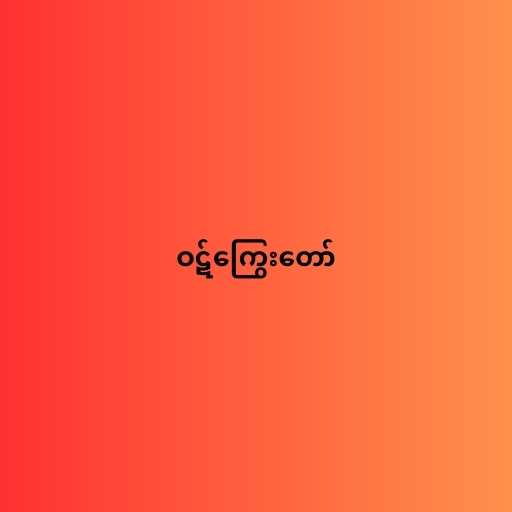
ဝဋ်ကြွေးတော်